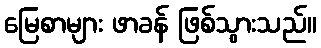
မြေစာများ ဖာခန် ဖြစ်သွားသည်။